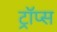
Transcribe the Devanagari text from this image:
ट्रॉप्स